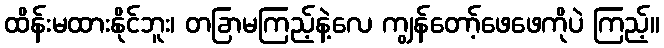
ထိန်းမထားနိုင်ဘူး၊ တခြာမကြည့်နဲ့လေ ကျွန်တော့်ဖေဖေကိုပဲ ကြည့်။